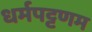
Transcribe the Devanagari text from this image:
धर्मपट्टणम